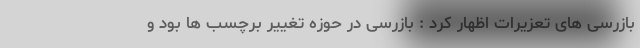
بازرسی های تعزیرات اظهار کرد : بازرسی در حوزه تغییر برچسب ها بود و